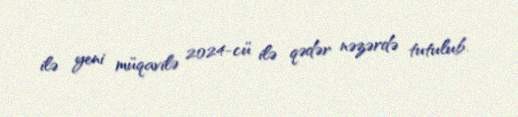
ilə yeni müqavilə 2024-cü ilə qədər nəzərdə tutulub.